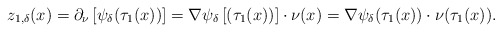
\begin{align*}z_{1,\delta}(x)= \partial_\nu \left[\psi_\delta(\tau_1(x))\right]=\nabla \psi_\delta \left[(\tau_1(x))\right]\cdot \nu (x)= \nabla \psi_\delta (\tau_1(x))\cdot \nu (\tau_1(x)). \end{align*}